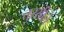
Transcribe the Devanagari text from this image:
तुरसीले